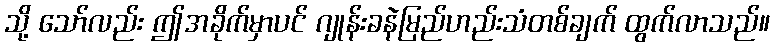
သို့ သော်လည်း ဤအခိုက်မှာပင် ဂျုန်းခနဲမြည်ဟည်းသံတစ်ချက် ထွက်လာသည်။